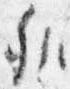
弁